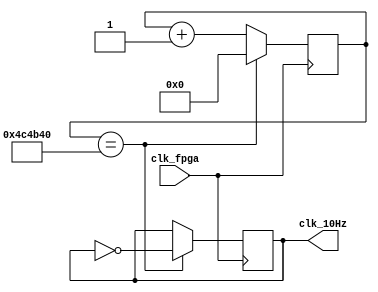
//Module to slow 100MHz master clock to 10Hz output clock
`timescale 1ns / 1ps

module slowClock_10Hz(
    input clk_fpga,	// 100MHz master clock 
    output reg clk_10Hz	// 10Hz output clock
    );
	 
	 reg [22:0] period_count = 0;	// 2^23 is greater than 5,000,000 

	 // divide the 100MHz clock to 10Hz 
	 always @ (posedge clk_fpga)
	 begin
	 period_count <= period_count + 1'b1;
	 if (period_count == 5_000_000)
		begin 
		period_count <= 0;	    // count reset itself to zero
		clk_10Hz <= ~clk_10Hz;	// inverts the clock
		end 
	 end
endmodule